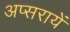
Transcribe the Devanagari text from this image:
अप्सरायें